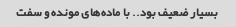
بسیار ضعیف بود.. با ماده‌های مونده و سفت